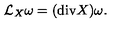
{ \mathcal L } _ { X } \omega = ( \mathrm { d i v } X ) \omega .